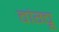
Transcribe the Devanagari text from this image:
वांग्चू